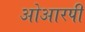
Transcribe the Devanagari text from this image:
ओआरपी